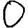
Digit: 0